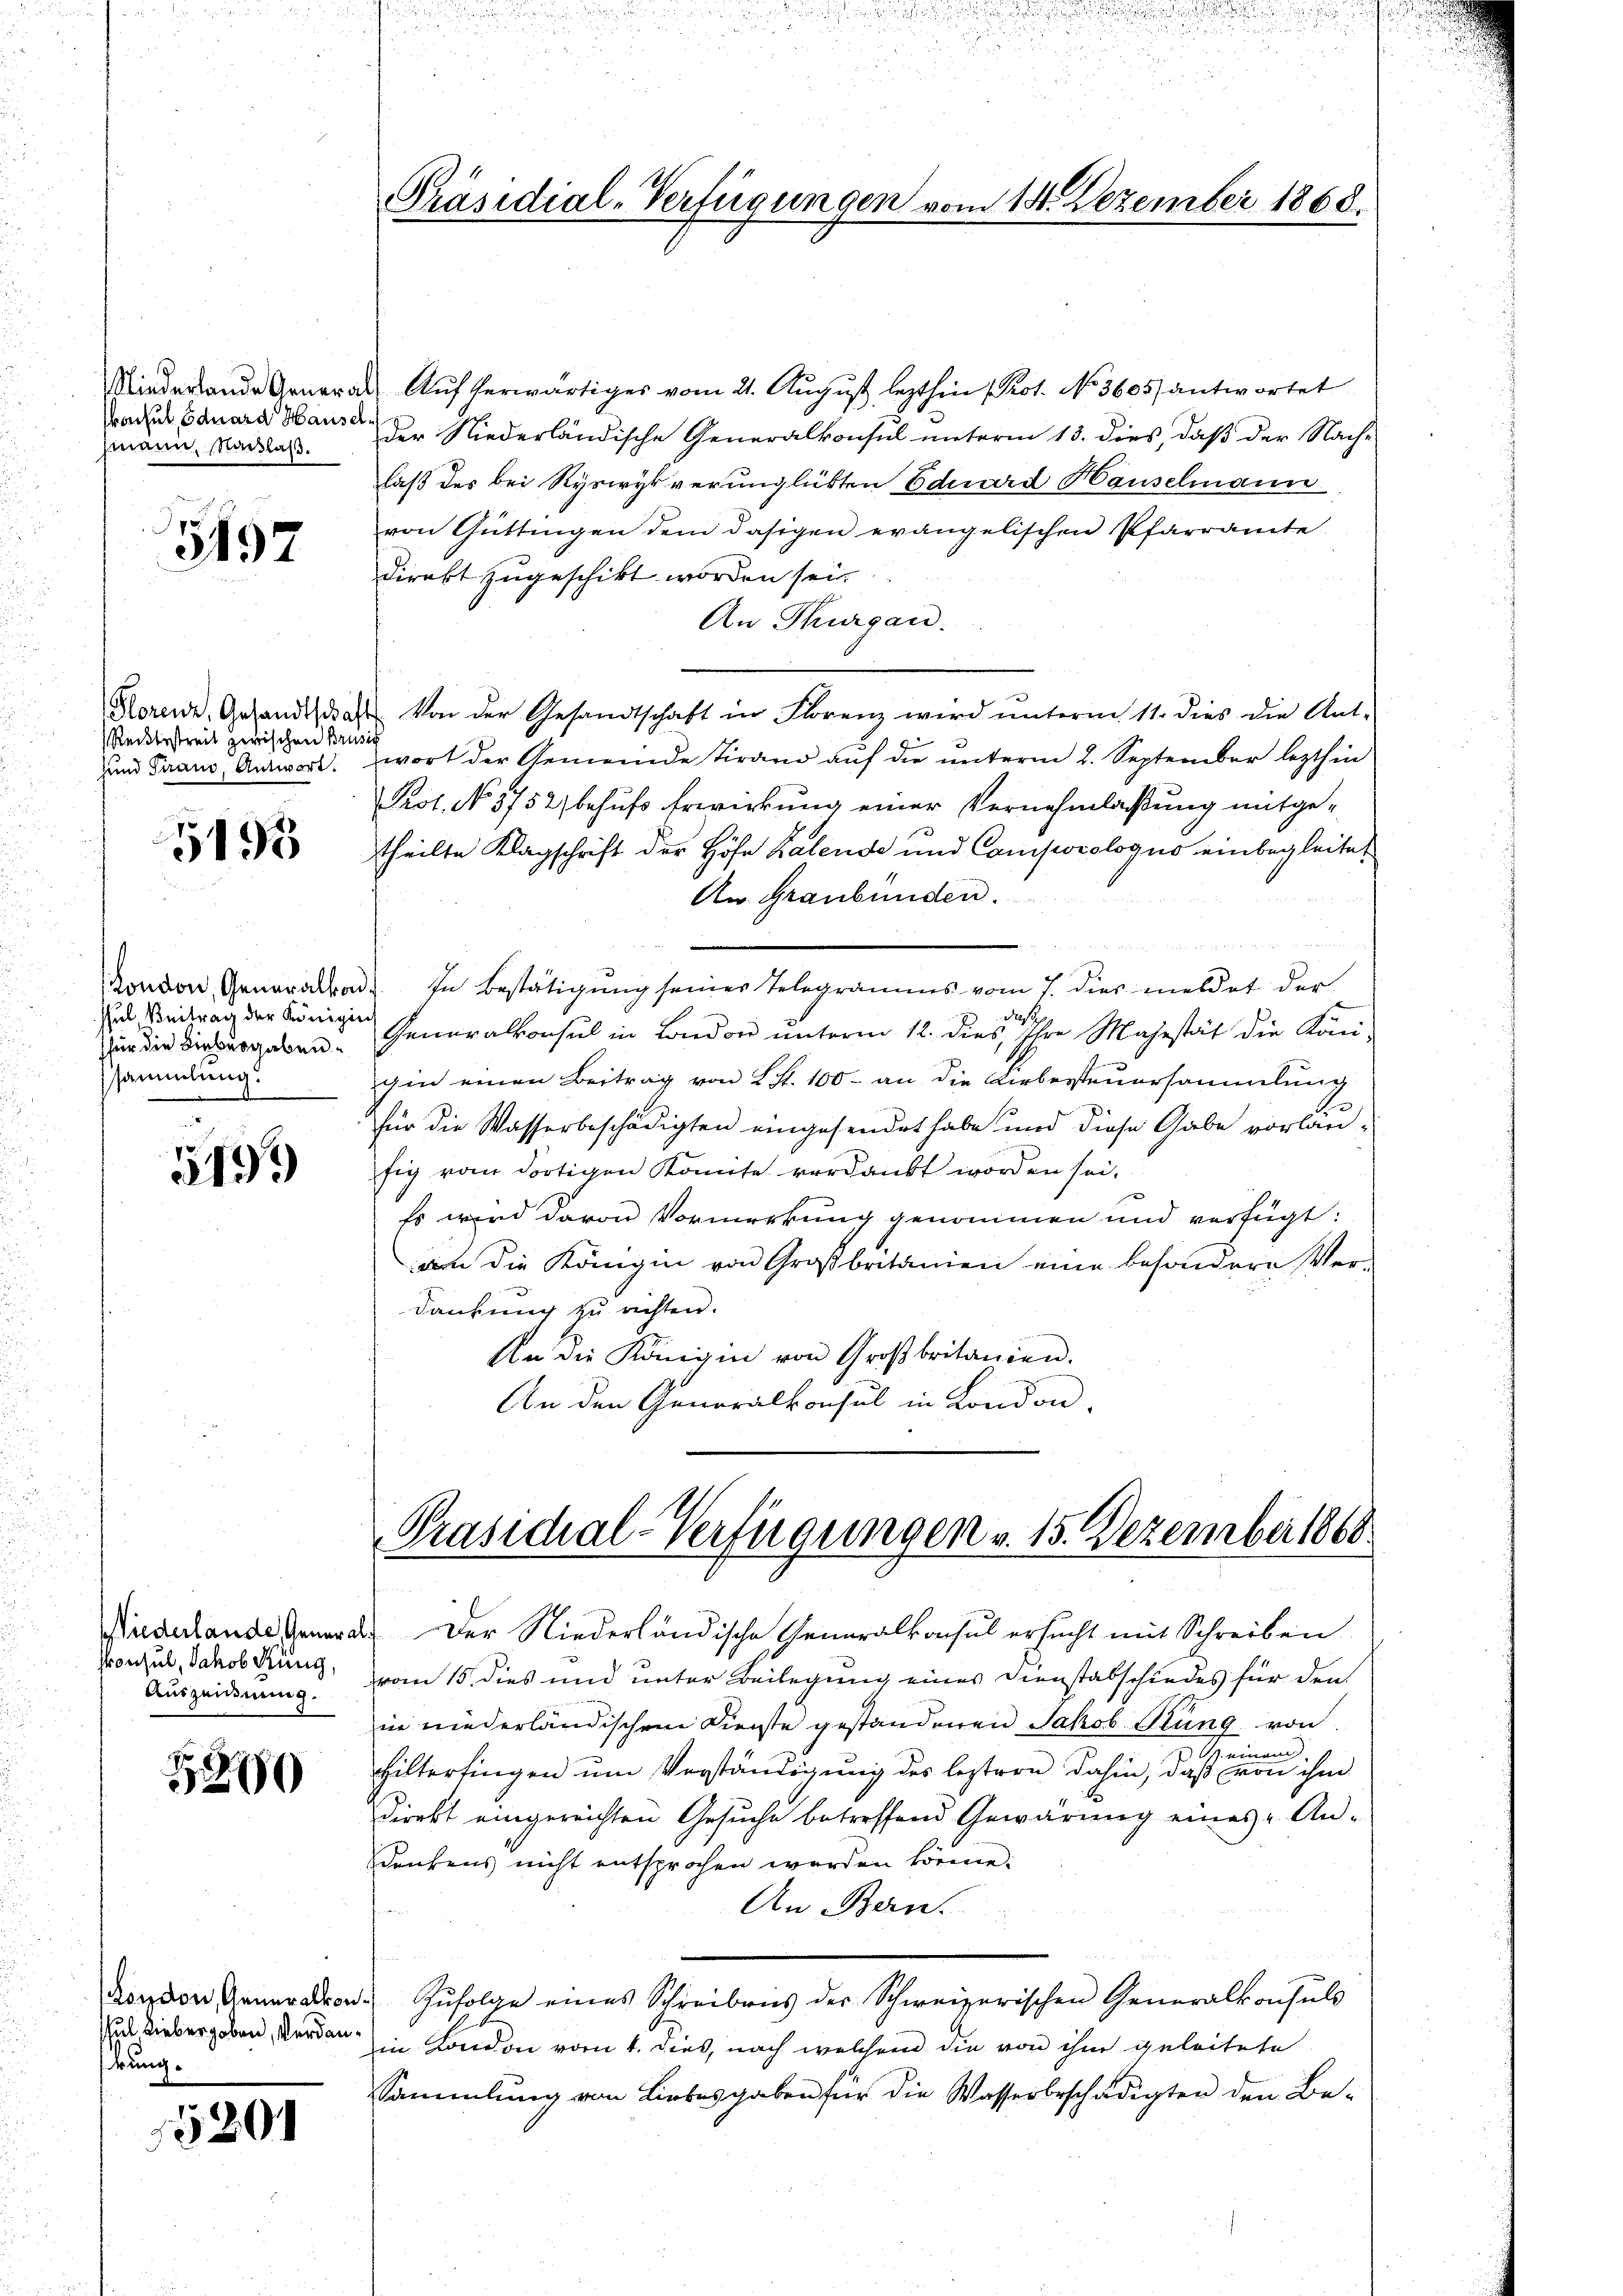
Konsul Eduard Hauselhmann, Nachlaß.

5497

Reckbestreit zwischen Brusis

3195

schul, Beitrag der Königi
für die Liebergaben.
ssammlung.

5199

iederlande, Genera
ronsul, Jakob Küng,
Auszeignung.

3280

London, Generalkon
schul Liebergeben, Verdankung.

1520

Nieder ande General Aŭfherwärtiges vom 21. Aŭgŭst lezthin (Kot. No 3605) antwortet
Der Niederländische Generalkonsul unterm 13. dies, daß der Nach-
laß des bei Ryswyl verunglükten Eduard Hauselmann
von Güttingen dem dasigen evangelischen Pfarramte
direkt zugeschikt worden sei.
An Thurgau.
Horende, Gesandtschaft von der Gesandtschaft in Florenz wird ŭnterm 11. dies die Ant-
und Traus, Antwort wort der Gemeinde Tirano auf die unterm 2. September lezthin
Prot. No 5752) behufs Erwirkung einer Vernehmlaßung mitgetheilte Klagschrift der Höfe Kalende und Comporologus einbegleitet
An Graubünden.
London, Generalkon. In Bestätigung seiner Telegramms vom 7. dies meldet der
at
das
Generalkonsul in London unterm 12. dies, Ihre Majestät die Köni
gin einen Beitrag von Lit. 100 - an die Kirbersteuersammlung
für die Wasserbeschädigten eingesendet habe und diese Gabe vorlanfig vom dortigen konnte verdankt worden sei.
Es wird davon Vormerkung genommen und verfügt:
am die Königin von Großbritanien eine besondere Ver-
dankung zu richten.
An die Königin von Großbritanien.
An den Generalkonsul in London,

Präsidial-Verfügungen vom 14. Dezember 1868.

Präsidial-Verfügungen v. 15. Dezember 1868

Der Niederländische Generalkonsul ersucht mit Schreiben
vom 15. dies und unter Beilegung eines Dienstabschiedes für den
in niederländischen Dienste gestandenen Jakob Stung von
Steinand
Hilterfingen um Verständigung des leztern dahin, daß von ihm
Direkt eingereichten Gesuche betreffend Gewärung eines Andenkens nicht entsprochen werden könne.
An Bern.
Zufolge eines Schreibens der Schweizerischen Generalkonsuls
in London vom 4. dies, nach welchem die von ihm geleitete
Sammlung von Liebesgaben für die Wasserbeschädigten den Be¬

.